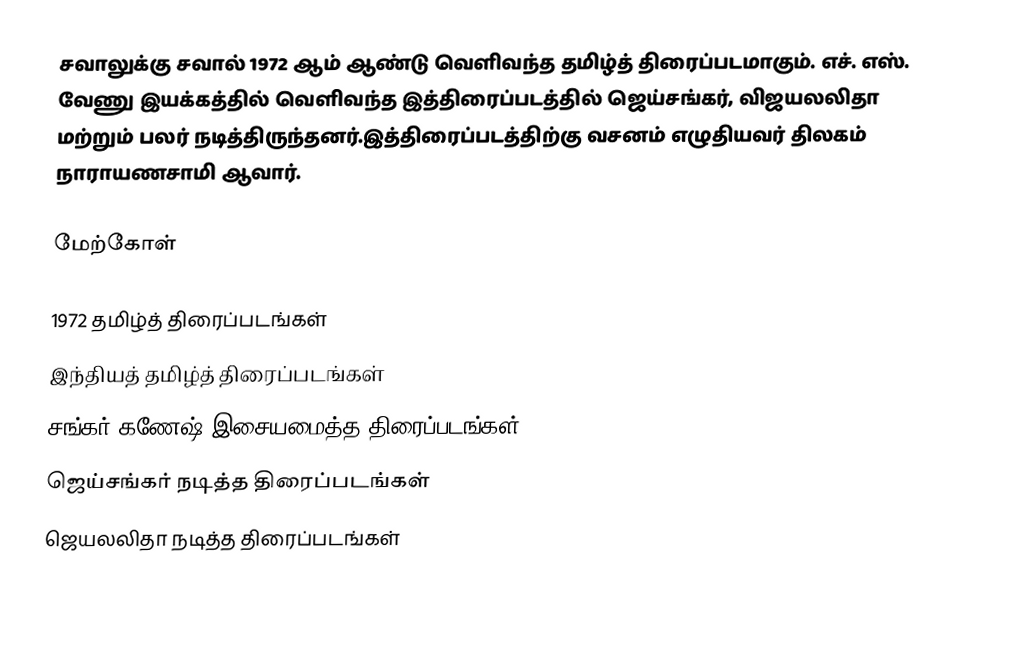
சவாலுக்கு சவால் 1972 ஆம் ஆண்டு வெளிவந்த தமிழ்த் திரைப்படமாகும். எச். எஸ். வேணு இயக்கத்தில் வெளிவந்த இத்திரைப்படத்தில் ஜெய்சங்கர், விஜயலலிதா மற்றும் பலர் நடித்திருந்தனர்.இத்திரைப்படத்திற்கு வசனம் எழுதியவர் திலகம் நாராயணசாமி ஆவார்.

மேற்கோள்

1972 தமிழ்த் திரைப்படங்கள்
இந்தியத் தமிழ்த் திரைப்படங்கள்
சங்கர் கணேஷ் இசையமைத்த திரைப்படங்கள்
ஜெய்சங்கர் நடித்த திரைப்படங்கள்
ஜெயலலிதா நடித்த திரைப்படங்கள்